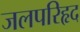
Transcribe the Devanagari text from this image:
जलपरिहृद